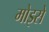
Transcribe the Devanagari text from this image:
मोइसे